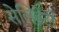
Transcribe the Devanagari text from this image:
सेलिब्रेटी